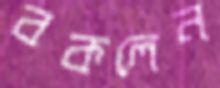
বকলেন